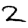
Digit: 2